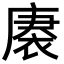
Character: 𮖒